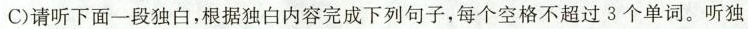
C)请听下面一段独白,根据独白内容完成下列句子,每个空格不超过 3 个单词。听独